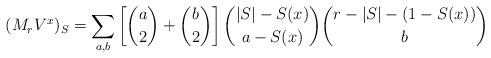
LaTeX: \begin{align*}(M_r{V}^x)_S=\sum_{a, b} \left [ \binom{a}{2}+\binom{b}{2} \right ] \binom{|S|- S(x) }{a- S(x)}\binom{r-|S|-(1-S(x))}{b}\end{align*}